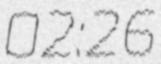
02:26